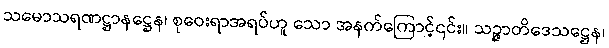
သမောသရဏဋ္ဌာနဋ္ဌေန၊ စုဝေးရာအရပ်ဟူ သော အနက်ကြောင့်၎င်း။ သဉ္ဇာတိဒေသဋ္ဌေန၊